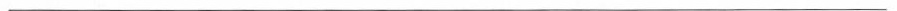
___